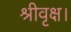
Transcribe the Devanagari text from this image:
श्रीवृक्ष।